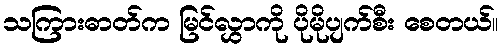
သကြားဓာတ်က မြင်လွှာကို ပိုမိုပျက်စီး စေတယ်။